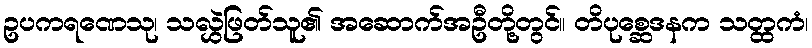
ဥပကရဏေသု၊ သလွှဲဖြတ်သူ၏ အဆောက်အဦတို့တွင်။ တိပုစ္ဆေဒနက သတ္ထကံ၊